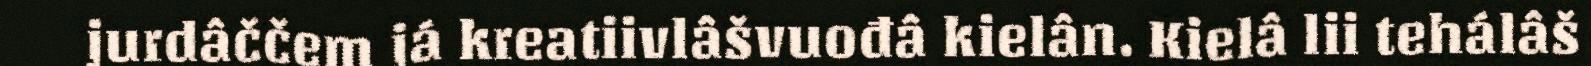
jurdâččem já kreatiivlâšvuođâ kielân. Kielâ lii tehálâš